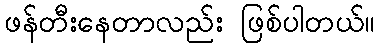
ဖန်တီးနေတာလည်း ဖြစ်ပါတယ်။